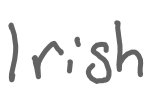
Text: Irish
Cross-out: clean
Writing tool: digital_gray